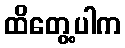
ထိတွေ့ပါက